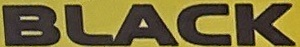
BLACK